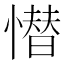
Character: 𢡚